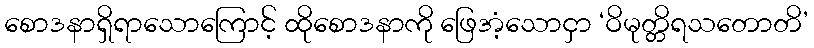
စောဒနာရှိရာသောကြောင့် ထိုစောဒနာကို ဖြေအံ့သောငှာ ‘ဝိမုတ္တိရသတောတိ’